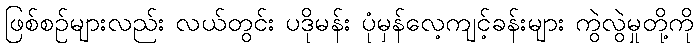
ဖြစ်စဉ်များလည်း လယ်တွင်း ပဒိုမန်း ပုံမှန်လေ့ကျင့်ခန်းများ ကွဲလွဲမှုတို့ကို